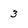
Character: 3